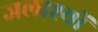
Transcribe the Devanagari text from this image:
जलाश्यों